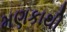
મણકાથી